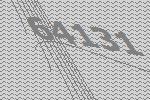
64131